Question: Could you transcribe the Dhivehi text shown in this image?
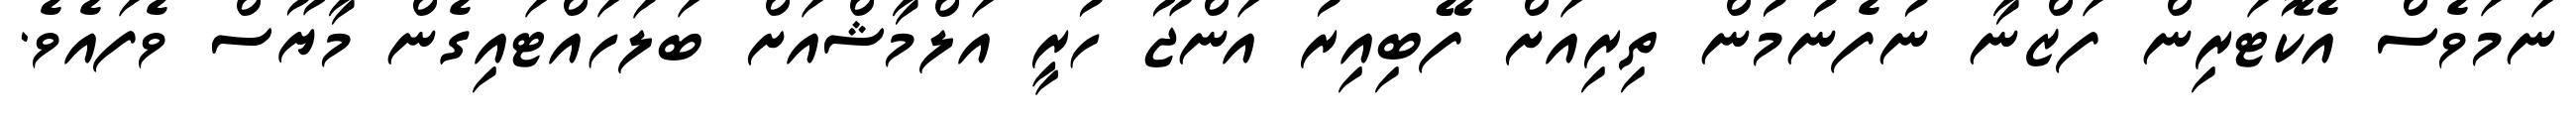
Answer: ނަމަވެސް އެކޮޓަރިން ފަޒްނާ ނުފެނުމުން ތިރިއަށް ފޭބިއިރު އަންޖޫ ހުރީ އަލްމާޝްއަށް ބަލަހައްޓައިގެން މާޔޫސް ވެފައެވެ.